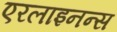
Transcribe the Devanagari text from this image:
एरलाइनन्स